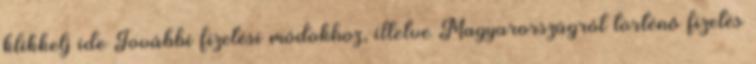
klikkelj ide További fizetési módokhoz, illetve Magyarországról történő fizetés